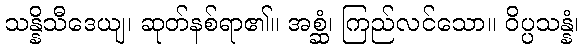
သန္နိသီဒေယျ၊ ဆုတ်နစ်ရာ၏။ အစ္ဆံ၊ ကြည်လင်သော။ ဝိပ္ပသန္နံ၊